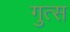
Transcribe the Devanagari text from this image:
गुत्स